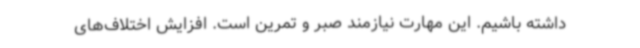
داشته باشیم. این مهارت نیازمند صبر و تمرین است. افزایش اختلاف‌های